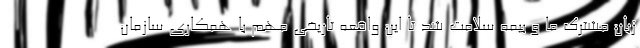
زبان مشترک ما و بیمه سلامت شد تا این واقعه تاریخی مهم با همکاری سازمان